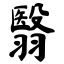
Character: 翳